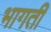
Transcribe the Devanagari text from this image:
भागतीं